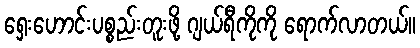
ရှေးဟောင်းပစ္စည်းတူးဖို့ ဂျယ်ရီကိုကို ရောက်လာတယ်။